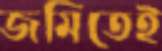
জমিতেই